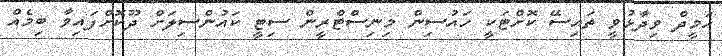
ހަމީދް ވިދާޅުވީ ތައިސޭ ކޮށްޓަކީ ހައުސިން މިނިސްޓްރީން ސިޓީ ކައުންސިލަށް ދޫކޮށްފައިވާ ބިމެއް